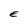
Character: E